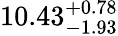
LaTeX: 10.43_{-1.93}^{+0.78}